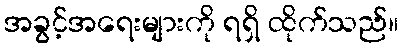
အခွင့်အရေးများကို ရရှိ ထိုက်သည်။